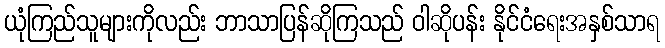
ယုံကြည်သူများကိုလည်း ဘာသာပြန်ဆိုကြသည် ဝါဆိုပန်း နိုင်ငံရေးအနှစ်သာရ